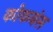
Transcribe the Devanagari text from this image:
कोकबंस